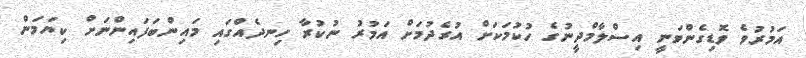
އަމުރުވެ ވޮޑިގެންވަނީ އިސްލާމްދީނުގެ ހުކުމަކަށް އުރެދުމަށް އަމުރު ނުކުރާ ހިނދެއްގައި މައިންބަފައިންނަށް ކިޔަމަން